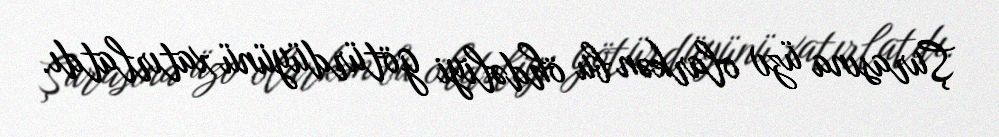
Şurasına üzv olarkən bu öhdəliyi götürdüyünü xatırlatdı.